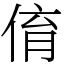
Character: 俼